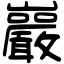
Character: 巖